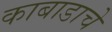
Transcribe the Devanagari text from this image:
काबाडाचे